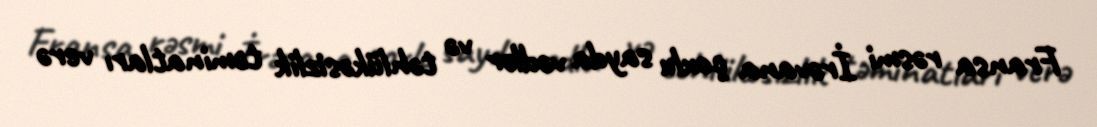
Fransa rəsmi İrəvana çoxlu sayda vədlər və təhlükəsizlik təminatları verə